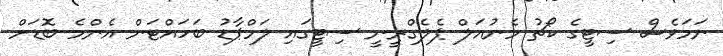
ނަމަވެސް ސިޓީގެ ކޯޗު މެނުއަލް ޕެލެގްރީނީ ސިޓީގައި ލަމްޕާޑު ބަހައްޓަން އެންމެ ބޮޑަށް